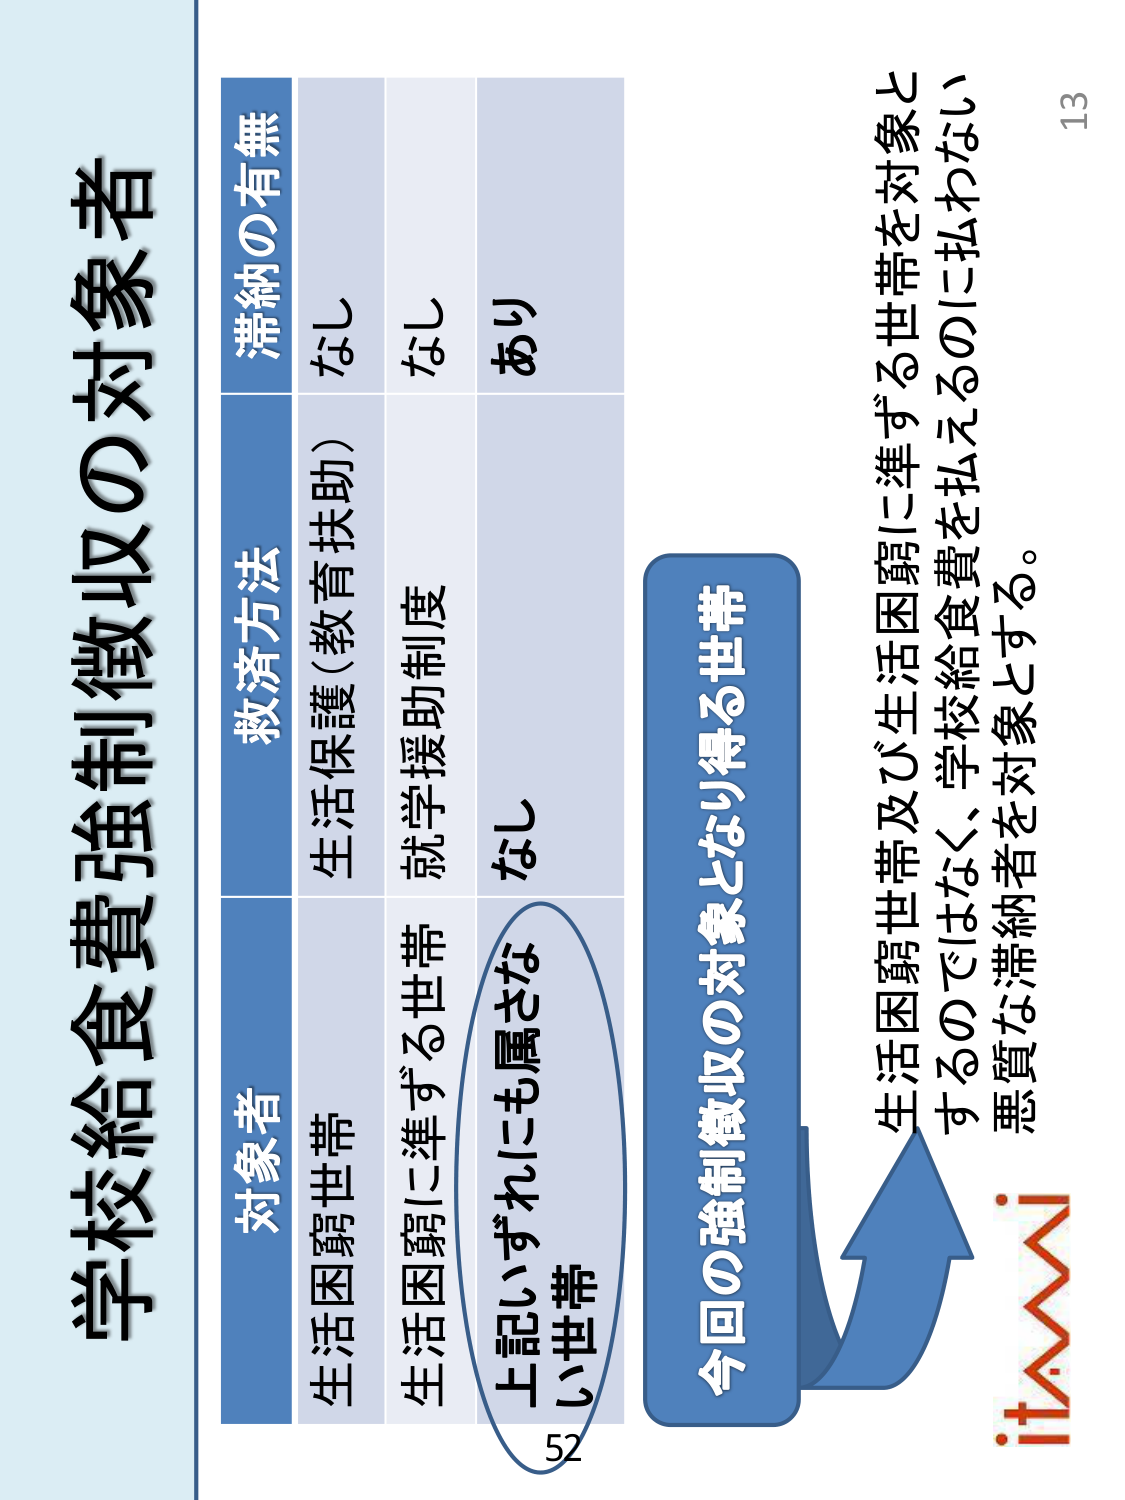
学校給食費強制徴収の対象者

対象者       救済方法           滞納の有無
生活困窮世帯   生活保護（教育扶助）   なし
生活困窮に準ずる世帯   就学援助制度   なし
上記いずれにも属さない世帯   なし   あり

今回の強制徴収の対象となり得る世帯
生活困窮世帯及び生活困窮に準ずる世帯を対象とするのではなく、学校給食費を払えるのに払わない悪質な滞納者を対象とする。

13
52
itAMAI